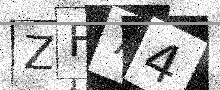
Text: ZF74